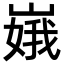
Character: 𫶏